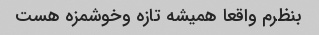
بنظرم واقعا همیشه تازه وخوشمزه هست